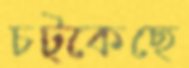
চট্‌কেছে